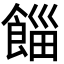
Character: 𩜊